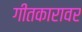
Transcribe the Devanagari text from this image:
गीतकारावर